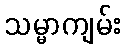
သမ္မာကျမ်း